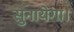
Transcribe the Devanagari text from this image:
सुनायेगा।